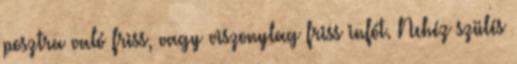
posztra való friss, vagy viszonylag friss infót. Nehéz szülés